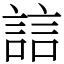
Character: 誩